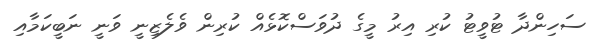
ސަހިންދާ ޓުވީޓު ކުރި އިރު މީގެ ދުވަސްކޮޅެއް ކުރިން ވެލެޒިނީ ވަނީ ނަބީކަމާއި